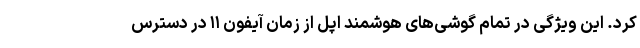
کرد. این ویژگی در تمام گوشی‌های هوشمند اپل از زمان آیفون ۱۱ در دسترس